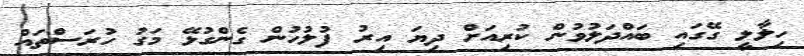
ހިލާލީ ގޭގައި ބައްދަލުވުން ކުރިއަށް ދިޔަ އިރު ފުލުހުން ގެންގުޅޭ މަގު ހުރަސްތައް